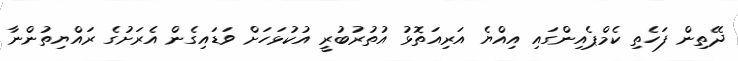
ދޭތިން ފަހެތި ކެމްޕެއިންގައި އިއްޔެ އަރިއަތޮޅު އުތުރުބުރީ އުކުޅަހަށް ވަޑައިގެން އެރަށުގެ ރައްޔިތުންނާ